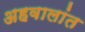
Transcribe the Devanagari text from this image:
अहवालांत